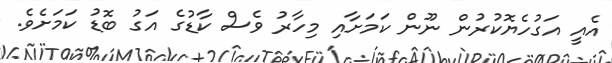
އެއީ އަގުހެޔޮކުރުން ނޫން ކަމަށާއި މިހާރު ވެސް ކާޑުގެ އަގު ބޮޑު ކަމަށެވެ.